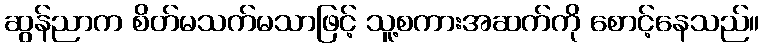
ဆွန်ညာက စိတ်မသက်မသာဖြင့် သူ့စကားအဆက်ကို စောင့်နေသည်။